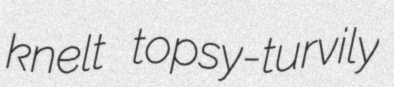
knelt topsy-turvily